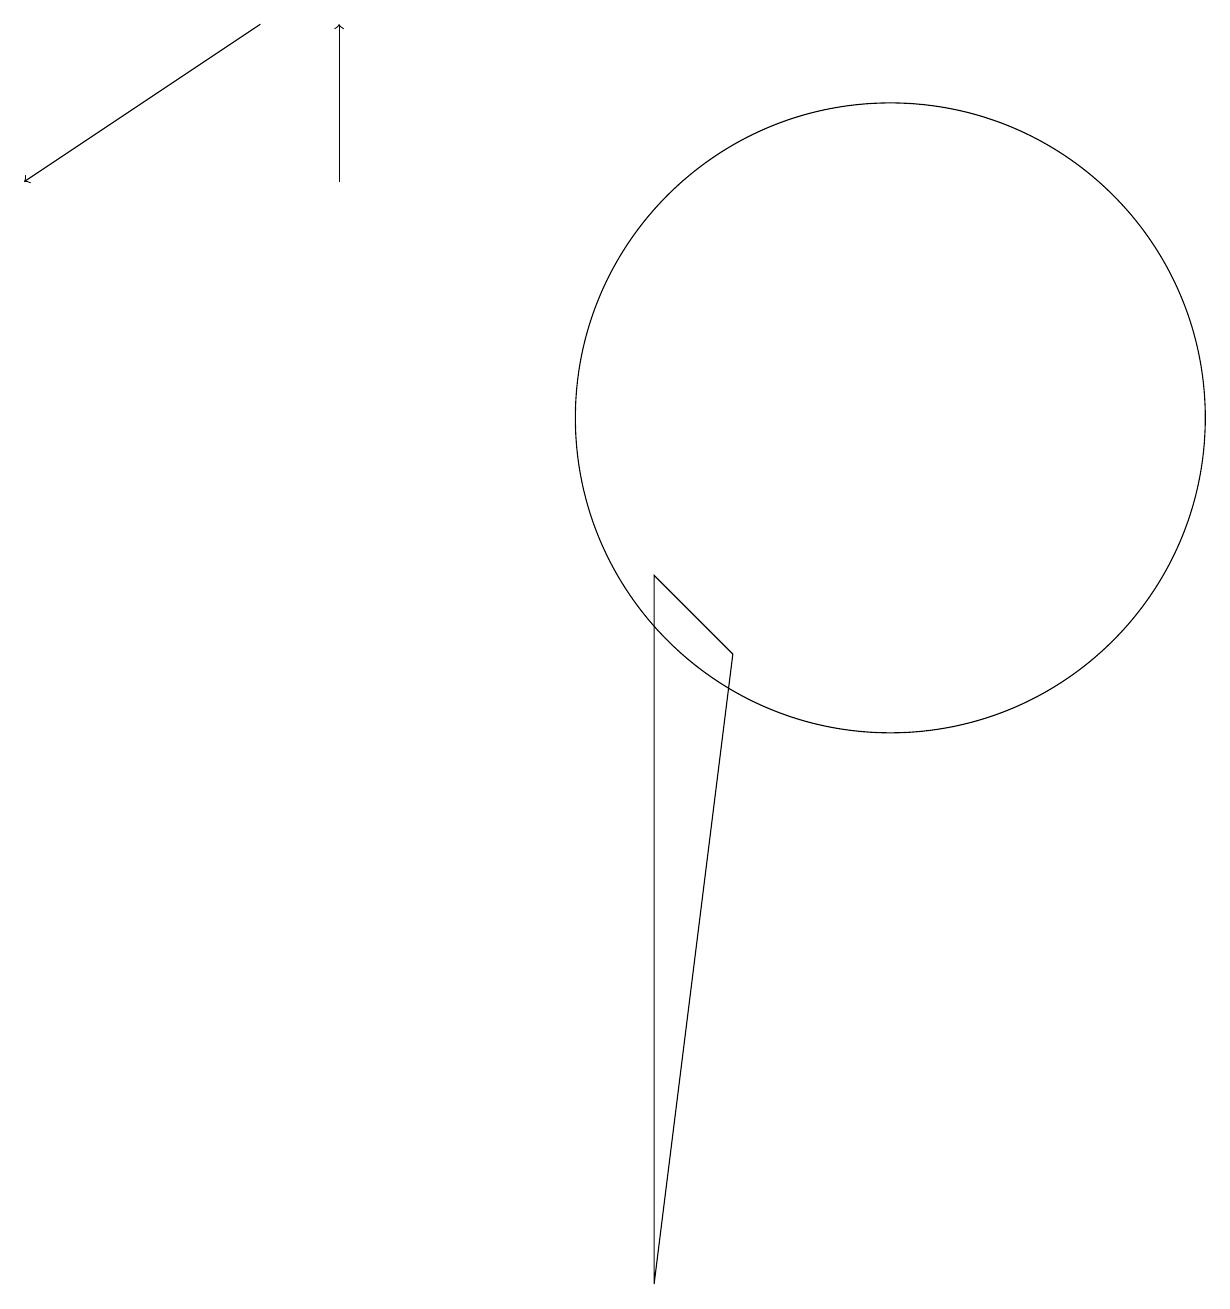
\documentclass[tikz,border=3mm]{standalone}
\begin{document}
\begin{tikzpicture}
\draw (9,8) -- (8,9) -- (8,0) -- cycle;
\draw (11,11) circle (4);
\draw[->] (3,16) -- (0,14);
\draw[->] (4,14) -- (4,16);
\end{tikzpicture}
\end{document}